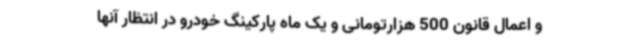
و اعمال قانون 500 هزارتومانی و یک ماه پارکینگ خودرو در انتظار آنها